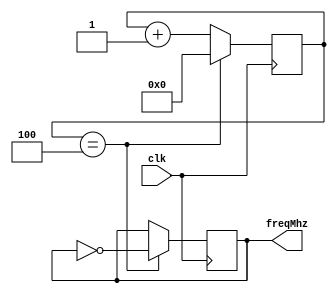
module DIV_CLK(clk, freqMhz);
input wire clk; 
output reg freqMhz 		= 1'd0;

localparam  STEP			= 5'd1;
localparam  MIN			= 5'd0;

localparam  DIV1MHZ		= 5'd24;
localparam  DIV2_5MHZ	= 5'd9;
localparam  DIV2_78MHZ	= 5'd8;
localparam  DIV5MHZ		= 5'd4;
localparam  DIV12_5MHZ	= 5'd1;

localparam  DIV_MHZ		= DIV5MHZ;

reg[4:0] div = MIN;


always@(posedge clk)
begin
	if(div==DIV_MHZ)
		begin
			freqMhz <= ~freqMhz;
			div<=MIN;
		end
	else
		begin
			div <= div + STEP;
		end
end
endmodule